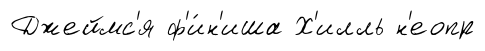
Джеймс'я ф'и́н'иша Х'илль н'еопр